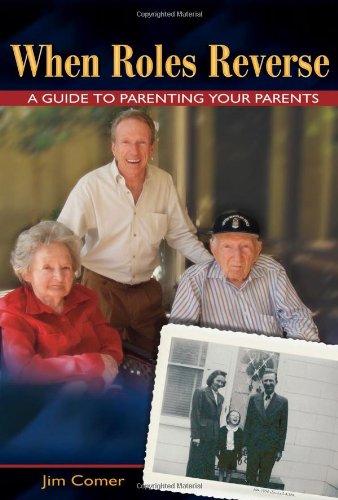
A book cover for When Roles Reverse: A Guide to Parenting Your Parents; Jim Comer; Parenting & Relationships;